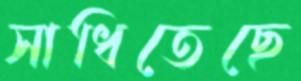
সাধিতেছে